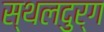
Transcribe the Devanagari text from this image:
स्थलदुर्ग